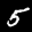
Label: 5